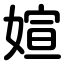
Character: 媗